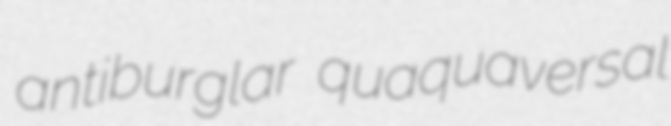
antiburglar quaquaversal